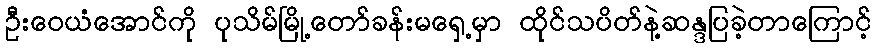
ဦးဝေယံအောင်ကို ပုသိမ်မြို့တော်ခန်းမရှေ့မှာ ထိုင်သပိတ်နဲ့ဆန္ဒပြခဲ့တာကြောင့်